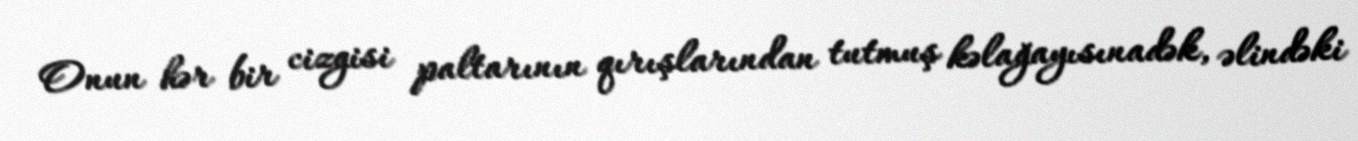
Onun hər bir cizgisi paltarının qırışlarından tutmuş kəlağayısınadək, əlindəki